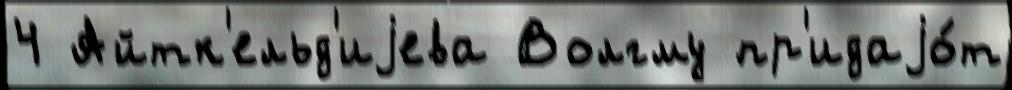
4 Айтк'ельд'иjева Волгму пр'идаjо́т